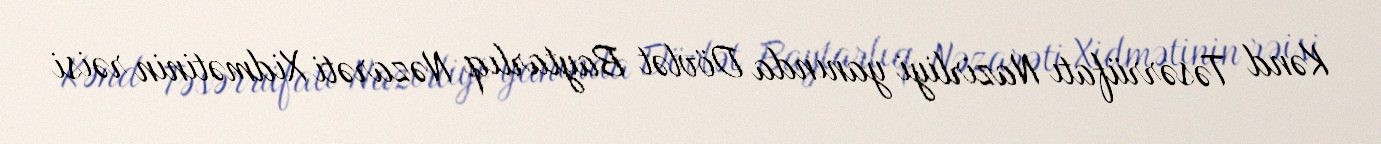
Kənd Təsərrüfatı Nazirliyi yanında Dövlət Baytarlıq Nəzarəti Xidmətinin rəisi